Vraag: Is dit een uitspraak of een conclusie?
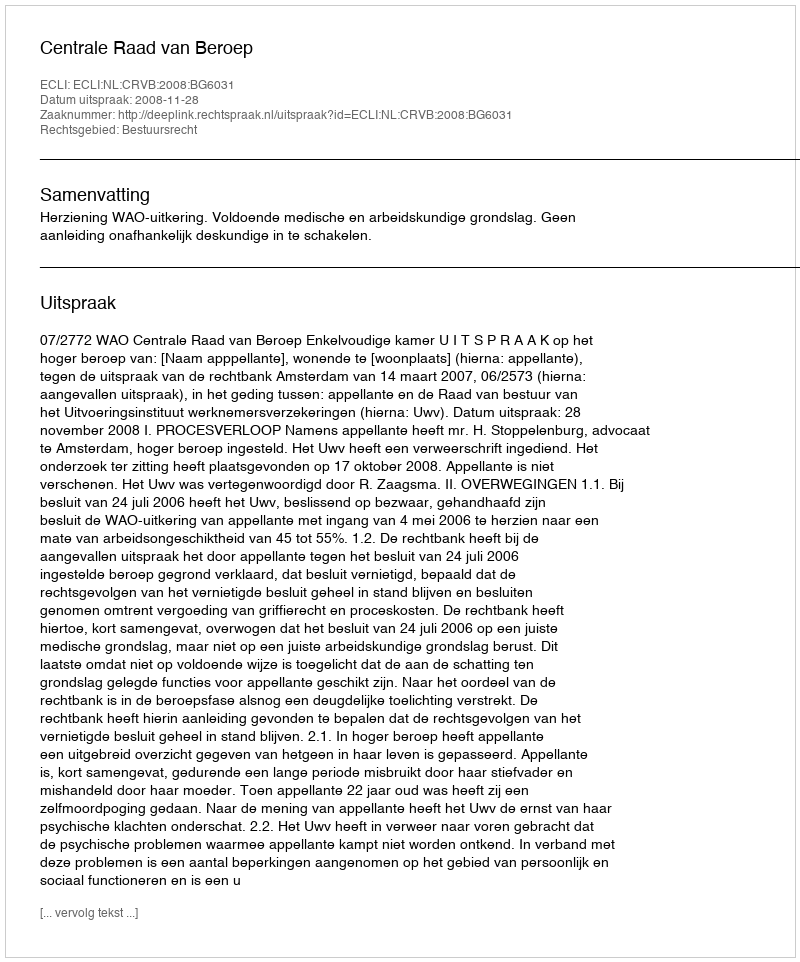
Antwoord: Uitspraak